Annual administration report of the Civil Veterinary Department of India - 1897-1898
Year: 1897
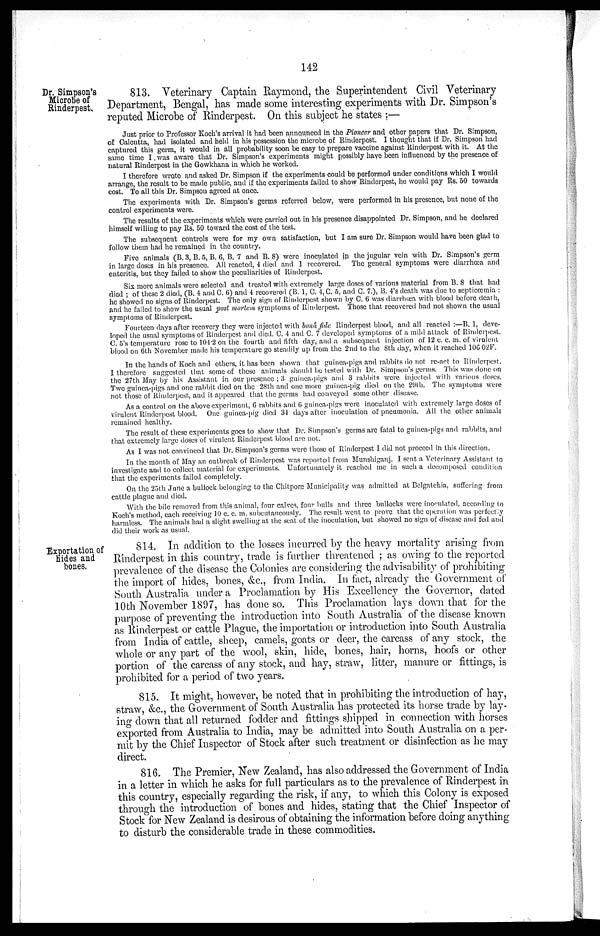
142
Dr. Simpson's
Microbe of
Rinderpest.
813. Veterinary Captain Raymond, the Superintendent Civil Veterinary
Department, Bengal, has made some interesting experiments with Dr. Simpson's
reputed Microbe of Rinderpest. On this subject he states:—
Just prior to Professor Koch's arrival it had been announced in the Pioneer and other papers that Dr. Simpson,
of Calcutta, had isolated and held in his possession the microbe of Rinderpest. I thought that if Dr. Simpson had
captured this germ, it would in all probability soon be easy to prepare vaccine against Rinderpest with it. At the
same time I was aware that Dr. Simpson's experiments might possibly have been influenced by the presence of
natural Rinderpest in the Gowkhana in which he worked.
I therefore wrote and asked Dr. Simpson if the experiments could be performed under conditions which I would
arrange, the result to be made public, and if the experiments failed to show Rinderpest, he would pay Rs. 50 towards
cost. To all this Dr. Simpson agreed at once.
The experiments with Dr. Simpson's germs referred below, were performed in his presence, but none of the
control experiments were.
The results of the experiments which were carried out in his presence disappointed Dr. Simpson, and he declared
himself willing to pay Rs. 50 toward the cost of the test.
The subsequent controls were for my own satisfaction, but I am sure Dr. Simpson would have been glad to
follow them had he remained in the country.
Five animals (B. 3, B. 5, B. 6, B. 7 and B. 8) were inoculated in the jugular vein with Dr. Simpson's germ
in large doses in his presence. All reacted, 4 died and 1 recovered. The general symptoms were diarrhœa and
enteritis, but they failed to show the peculiarities of Rinderpest.
Six more animals were selected and treated with extremely large doses of various material from B. 8 that had
died ; of these 2 died, (B. 4 and C. 6) and 4 recovered (B. 1, C. 4, C. 5, and C. 7.), B. 4's death was due to septicœmia:
he showed no signs of Rinderpest. The only sign of Rinderpest shown by C. 6 was diarrhœa with blood before death,
and he failed to show the usual post mortem symptoms of Rinderpest. Those that recovered had not shown the usual
symptoms of Rinderpest.
Fourteen days after recovery they were injected with bonâ fule Rinderpest blood, and all reacted:—B. 1, deve-
loped the usual symptoms of Rinderpest and died. C. 4 and C. 7 developed symptoms of a mild attack of Rinderpest.
C. 5's temperature rose to 104.2 on the fourth and fifth day, and a subsequent injection of 12 c. c. m. of virulent
blood on 6th November made his temperature go steadily up from the 2nd to the 8th day, when it reached 106 02F.
In the hands of Koch and others, it has been shown that guinea-pigs and rabbits do not re-act to Rinderpest.
I therefore suggested that some of these animals should be tested with Dr. Simpson's germs. This was done on
the 27th May by his Assistant in our presence; 3 guinea-pigs and 3 rabbits were injected with various doses.
Two guinea-pigs and one rabbit died on the 28th and one more guinea-pig died on the 29th. The symptoms were
not those of Rinderpest, and it appeared that the germs had conveyed some other disease.
As a control on the above experiment, 6 rabbits and 6 guinea-pigs were inoculated with extremely largo doses of
virulent Rinderpest blood. One guinea-pig died 34 days after inoculation of pneumonia. All the other animals
remained healthy.
The result of these experiments goes to show that Dr. Simpson's germs are fatal to guinea-pigs and rabbits, and
that extremely large doses of virulent Rinderpest blood are not.
As I was not convinced that Dr. Simpson's germs were those of Rinderpest I did not proceed in this direction.
In the month of May an outbreak of Rinderpest was reported from Munshiganj. I sent a Veterinary Assistant to
investigate and to collect material for experiments. Unfortunately it reached me in such a decomposed condition
that the experiments failed completely.
On the 25th June a bullock belonging to the Chitpore Municipality was admitted at Belgatehia, suffering from
cattle plague and died.
With the bile removed from this animal, four calves, four bulls and three bullocks were inoculated, according to
Koch's method, each receiving 10 c. c. m. subcutancously. The result went to prove that the operation was perfectly
harmless. The animals had a slight swelling at the seat of the inoculation, but showed no sign of disease and fed and
did their work as usual.
Exportation of
hides and
bones.
814. In addition to the losses incurred by the heavy mortality arising from
Rinderpest in this country, trade is further threatened; as owing to the reported
prevalence of the disease the Colonies are considering the advisability of prohibiting
the import of hides, bones, &c., from India. In fact, already the Government of
South Australia under a Proclamation by His Excellency the Governor, dated
10th November 1897, has done so. This Proclamation lays down that for the
purpose of preventing the introduction into South Australia of the disease known
as Rinderpest or cattle Plague, the importation or introduction into South Australia
from India of cattle, sheep, camels, goats or deer, the carcass of any stock, the
whole or any part of the wool, skin, hide, bones, hair, horns, hoofs or other
portion of the carcass of any stock, and hay, straw, litter, manure or fittings, is
prohibited for a period of two years.
815. It might, however, be noted that in prohibiting the introduction of hay,
straw, &c., the Government of South Australia has protected its horse trade by lay-
ing down that all returned fodder and fittings shipped in connection with horses
exported from Australia to India, may be admitted into South Australia on a per-
mit by the Chief Inspector of Stock after such treatment or disinfection as he may
direct.
816. The Premier, New Zealand, has also addressed the Government of India
in a letter in which he asks for full particulars as to the prevalence of Rinderpest in
this country, especially regarding the risk, if any, to which this Colony is exposed
through the introduction of bones and hides, stating that the Chief Inspector of
Stock for New Zealand is desirous of obtaining the information before doing anything
to disturb the considerable trade in these commodities.